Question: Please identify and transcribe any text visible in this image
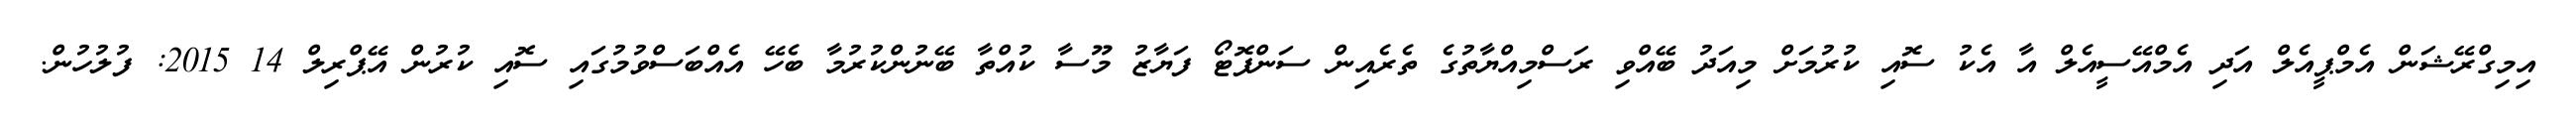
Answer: އިމިގްރޭޝަން އެމްޕީއެލް އަދި އެމްއޭސީއެލް އާ އެކު ސޮއި ކުރުމަށް މިއަދު ބޭއްވި ރަސްމިއްޔާތުގެ ތެރެއިން ސަންފޮޓޯ ފަޔާޒު މޫސާ ކުއްތާ ބޭނުންކުރުމާ ބެހޭ އެއްބަސްވުމުގައި ސޮއި ކުރުން އޭޕްރިލް 14 2015: ފުލުހުން.